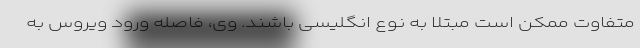
متفاوت ممکن است مبتلا به نوع انگلیسی باشند. وی، فاصله ورود ویروس به